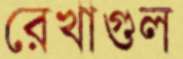
রেখাগুল